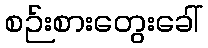
စဉ်းစားတွေးခေါ်